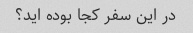
در این سفر کجا بوده اید؟